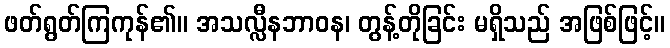
ဖတ်ရွတ်ကြကုန်၏။ အသလ္လီနဘာဝန၊ တွန့်တိုခြင်း မရှိသည် အဖြစ်ဖြင့်။